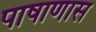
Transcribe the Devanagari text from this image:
पाषाणास